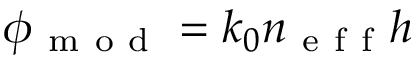
\phi _ { \mathrm { ~ m ~ o ~ d ~ } } = k _ { 0 } n _ { \mathrm { ~ e ~ f ~ f ~ } } h